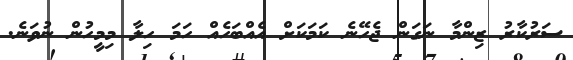
ސަރުކާރު ޒިންމާ ނަގަން ޖެހޭނެ ކަމަކަށް އެއްބަހެއް ހަމަ ހިލާ މިމީހުން ނުވަނެ.